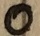
Text: 0